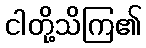
ငါတို့သိကြ၏